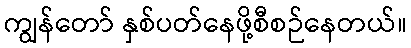
ကျွန်တော် နှစ်ပတ်နေဖို့စီစဉ်နေတယ်။